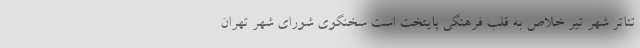
تئاتر شهر تیر خلاص به قلب فرهنگی پایتخت است سخنگوی شورای شهر تهران